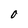
Character: O